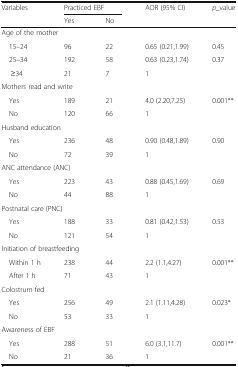
| <ROWSPAN=2> Variables | <COLSPAN=2> Practiced EBF | <ROWSPAN=2> AOR (95% CI) | <ROWSPAN=2> p_value |
 | Yes | No |
 | --- | --- | --- | --- | --- |
 | <COLSPAN=5> Age of the mother |
 | 15–24 | 96 | 22 | 0.65 (0.21,1.99) | 0.45 |
 | 25–34 | 192 | 58 | 0.63 (0.23,1.74) | 0.37 |
 | ≥34 | 21 | 7 | 1 |  |
 | <COLSPAN=5> Mothers read and write |
 | Yes | 189 | 21 | 4.0 (2.20,7.25) | 0.001** |
 | No | 120 | 66 | 1 |  |
 | <COLSPAN=5> Husband education |
 | Yes | 236 | 48 | 0.90 (0.48,1.89) | 0.90 |
 | No | 72 | 39 | 1 |  |
 | <COLSPAN=5> ANC attendance (ANC) |
 | Yes | 223 | 43 | 0.88 (0.45,1.69) | 0.69 |
 | No | 44 | 88 | 1 |  |
 | <COLSPAN=5> Postnatal care (PNC) |
 | Yes | 188 | 33 | 0.81 (0.42,1.53) | 0.53 |
 | No | 121 | 54 | 1 |  |
 | <COLSPAN=5> Initiation of breastfeeding |
 | Within 1 h | 238 | 44 | 2.2 (1.1,4.27) | 0.001** |
 | After 1 h | 71 | 43 | 1 |  |
 | <COLSPAN=5> Colostrum fed |
 | Yes | 256 | 49 | 2.1 (1.11,4.28) | 0.023* |
 | No | 53 | 33 | 1 |  |
 | <COLSPAN=5> Awareness of EBF |
 | Yes | 288 | 51 | 6.0 (3.1,11.7) | 0.001** |
 | No | 21 | 36 | 1 |  |